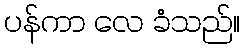
ပန်ကာ လေ ခံသည်။